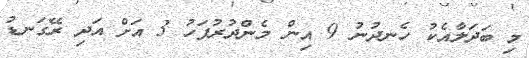
މި ބަދަލާއެކު ހެނދުނު 9 އިން މެންދުރުފަހު 3 އަށް އަދި ރޭގަނޑު